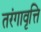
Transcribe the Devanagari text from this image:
तरंगावृत्ति